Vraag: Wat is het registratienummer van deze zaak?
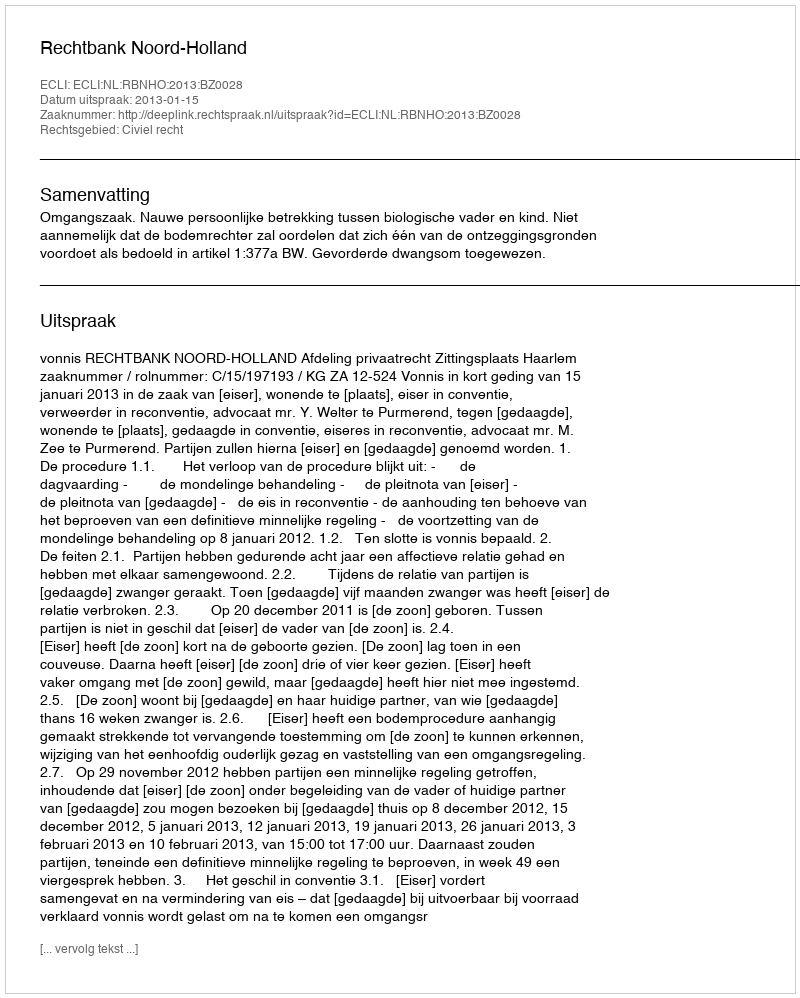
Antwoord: http://deeplink.rechtspraak.nl/uitspraak?id=ECLI:NL:RBNHO:2013:BZ0028